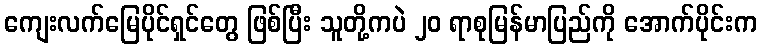
ကျေးလက်မြေပိုင်ရှင်တွေ ဖြစ်ပြီး သူတို့ကပဲ ၂၀ ရာစုမြန်မာပြည်ကို အောက်ပိုင်းက